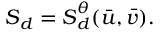
\ensuremath { \boldsymbol { S } } _ { d } = \ensuremath { \boldsymbol { S } } _ { d } ^ { \theta } ( \bar { u } , \bar { v } ) .